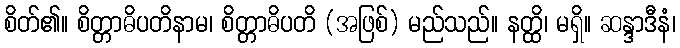
စိတ်၏။ စိတ္တာဓိပတိနာမ၊ စိတ္တာဓိပတိ (အဖြစ်) မည်သည်။ နတ္ထိ၊ မရှိ။ ဆန္ဒာဒီနံ၊